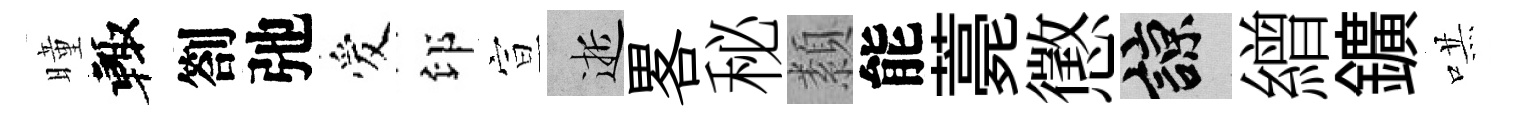
曈輙劄弛爱印宣逝畧秘纇能薧懲諒繒鑛哄